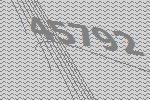
45792